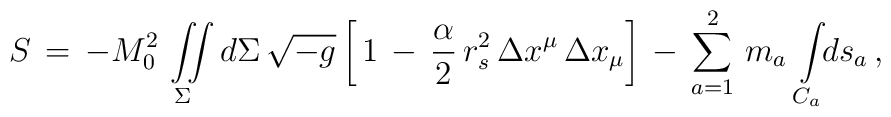
S\,=\,-M_0^2\,\mathop{\int\!\!\!\int}_{\Sigma\hspace*{0.25cm}}d\Sigma\,\sqrt{-g}\left[\,1\,-\,\frac{\alpha}{2}\,r_s^2\,\Delta x^{\mu}\,\Delta x_{\mu}\right]\,-\,\sum_{a=1}^{2}\,m_a\,\int\limits_{C_a}^{}\!\!ds_a\,{,}